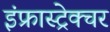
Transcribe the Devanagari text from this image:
इंफ्रास्ट्रेक्चर